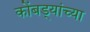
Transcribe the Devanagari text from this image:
कोंबड्यांच्या